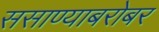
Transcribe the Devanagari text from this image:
ससाण्याबरोबर